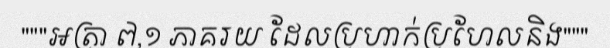
"""អត្រា ៧,១ ភាគរយ ដែលប្រហាក់ប្រហែលនិង"""